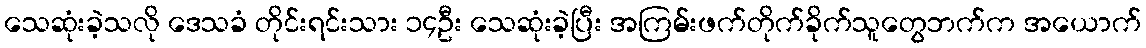
သေဆုံးခဲ့သလို ဒေသခံ တိုင်းရင်းသား ၁၄ဦး သေဆုံးခဲ့ပြီး အကြမ်းဖက်တိုက်ခိုက်သူတွေဘက်က အယောက်